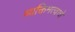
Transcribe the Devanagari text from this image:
व्यक्तिमत्वाचे